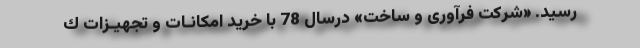
رسید. «شرکت فرآوری و ساخت» درسال 78 با خرید امكانـات و تجهیـزات ك